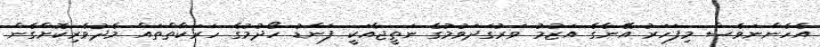
އެހެންނަަވެސް މިފަހަރު އޭނާގެ އަޒުމު ވަރުގަދަވުމުގެ ނަތީޖާއަކީ ފަންޑު ހޯދުމުގެ ހަރަކާތްތައް މެދުވެރިކޮށްގެން